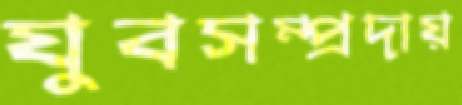
যুবসম্প্রদায়